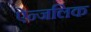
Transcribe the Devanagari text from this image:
ऐन्जलिक